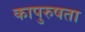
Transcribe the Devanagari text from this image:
कापुरुषता